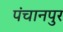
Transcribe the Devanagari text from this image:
पंचानपुर